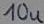
Text: 10u